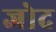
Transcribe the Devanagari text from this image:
जोद